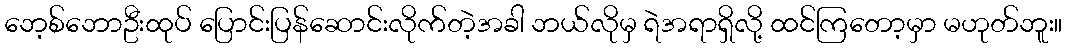
ဘေ့စ်ဘောဦးထုပ် ပြောင်းပြန်ဆောင်းလိုက်တဲ့အခါ ဘယ်လိုမှ ရဲအရာရှိလို့ ထင်ကြတော့မှာ မဟုတ်ဘူး။